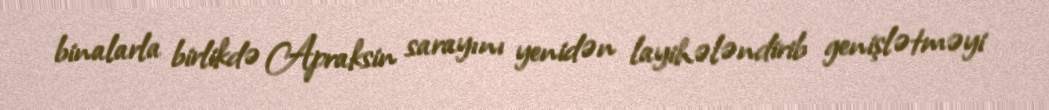
binalarla birlikdə Apraksin sarayını yenidən layihələndirib genişlətməyi